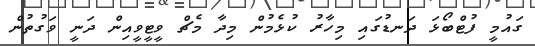
ގައުމީ ފުޓްބޯޅަ ދަނޑުގައި މިހާރު ކުޅެމުން މިދާ މެޗް ވީޓީވީއިން ދަނީ ވަގުތުން